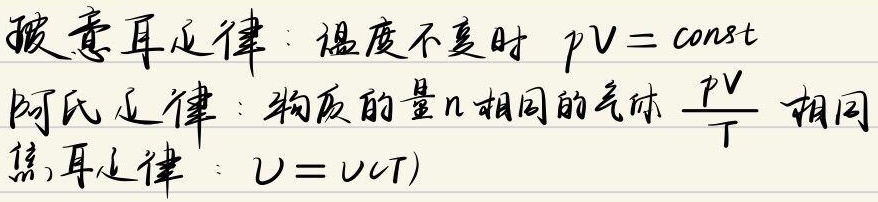
玻意耳定律：温度不变时，\(pV = \text{const}\)。阿氏定律：物质的量\(n\)相同的气体，\(\frac{pV}{T}\) 相同。焦耳定律：\(U = U(T)\)